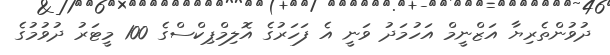
ދުވުންތެރިޔާ އަޒްނީމް އަހުމަދު ވަނީ އެ ފަހަރުގެ އޮލިމްޕިކްސްގެ 100 މީޓަރު ދުވުމުގެ